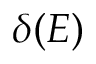
\delta ( E )